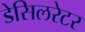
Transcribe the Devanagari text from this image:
डेसिलरेटर